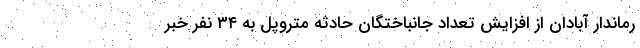
رماندار آبادان از افزایش تعداد جانباختگان حادثه متروپل به ۳۴ نفر خبر